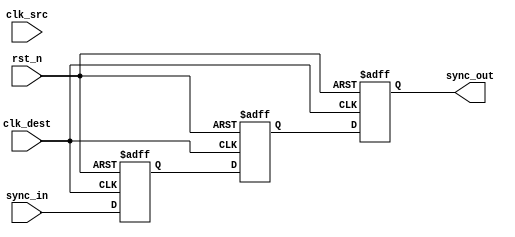
module PulsedSynchronizer (
    input wire clk_src,
    input wire clk_dest,
    input wire rst_n,
    input wire sync_in,       // Input signal from source clock domain
    output reg sync_out       // Synchronized output signal in destination clock domain
);

reg sync_in_d1;              // First stage of synchronization
reg sync_in_d2;              // Second stage of synchronization
reg pulse;                   // Pulse signal to indicate input change
reg sync_in_prev;           // Previous state of input signal

// Pulse generation based on the input signal change
always @(posedge clk_src or negedge rst_n) begin
    if (!rst_n) begin
        sync_in_prev <= 1'b0;
        pulse <= 1'b0;
    end else begin
        pulse <= (sync_in != sync_in_prev); // Generate pulse on change
        sync_in_prev <= sync_in; // Update previous state
    end
end

// Synchronization using flip-flops
always @(posedge clk_dest or negedge rst_n) begin
    if (!rst_n) begin
        sync_in_d1 <= 1'b0;
        sync_in_d2 <= 1'b0;
        sync_out <= 1'b0;
    end else begin
        sync_in_d1 <= sync_in;    // Sample input signal
        sync_in_d2 <= sync_in_d1; // Double-registering to mitigate metastability
        sync_out <= sync_in_d2;    // Output synchronized signal
    end
end

endmodule